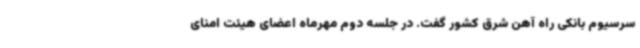
سرسیوم بانکی راه آهن شرق کشور گفت. در جلسه دوم مهرماه اعضای هیئت امنای